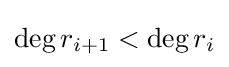
\deg r_{i+1}<\deg r_{i}